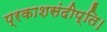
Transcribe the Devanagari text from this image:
प्रकाशसंदीप्ति।